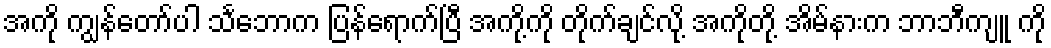
အကို ကျွန်တော်ပါ သင်္ဘောက ပြန်ရောက်ပြီ အကို့ကို တိုက်ချင်လို့ အကိုတို့ အိမ်နားက ဘာဘီကျူ ကို